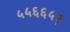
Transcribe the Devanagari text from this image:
५५६६५१